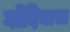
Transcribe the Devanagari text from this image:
गोंदियाचा